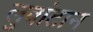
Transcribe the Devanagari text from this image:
लुबांटान